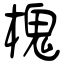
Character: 槐